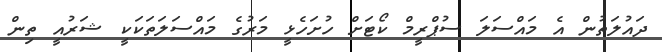
ދައުލަތުން އެ މައްސަލަ ސުޕްރީމް ކޯޓަށް ހުށަހެޅީ މަރުގެ މައްސަލަތަކަކީ ޝަރުއީ ތިން